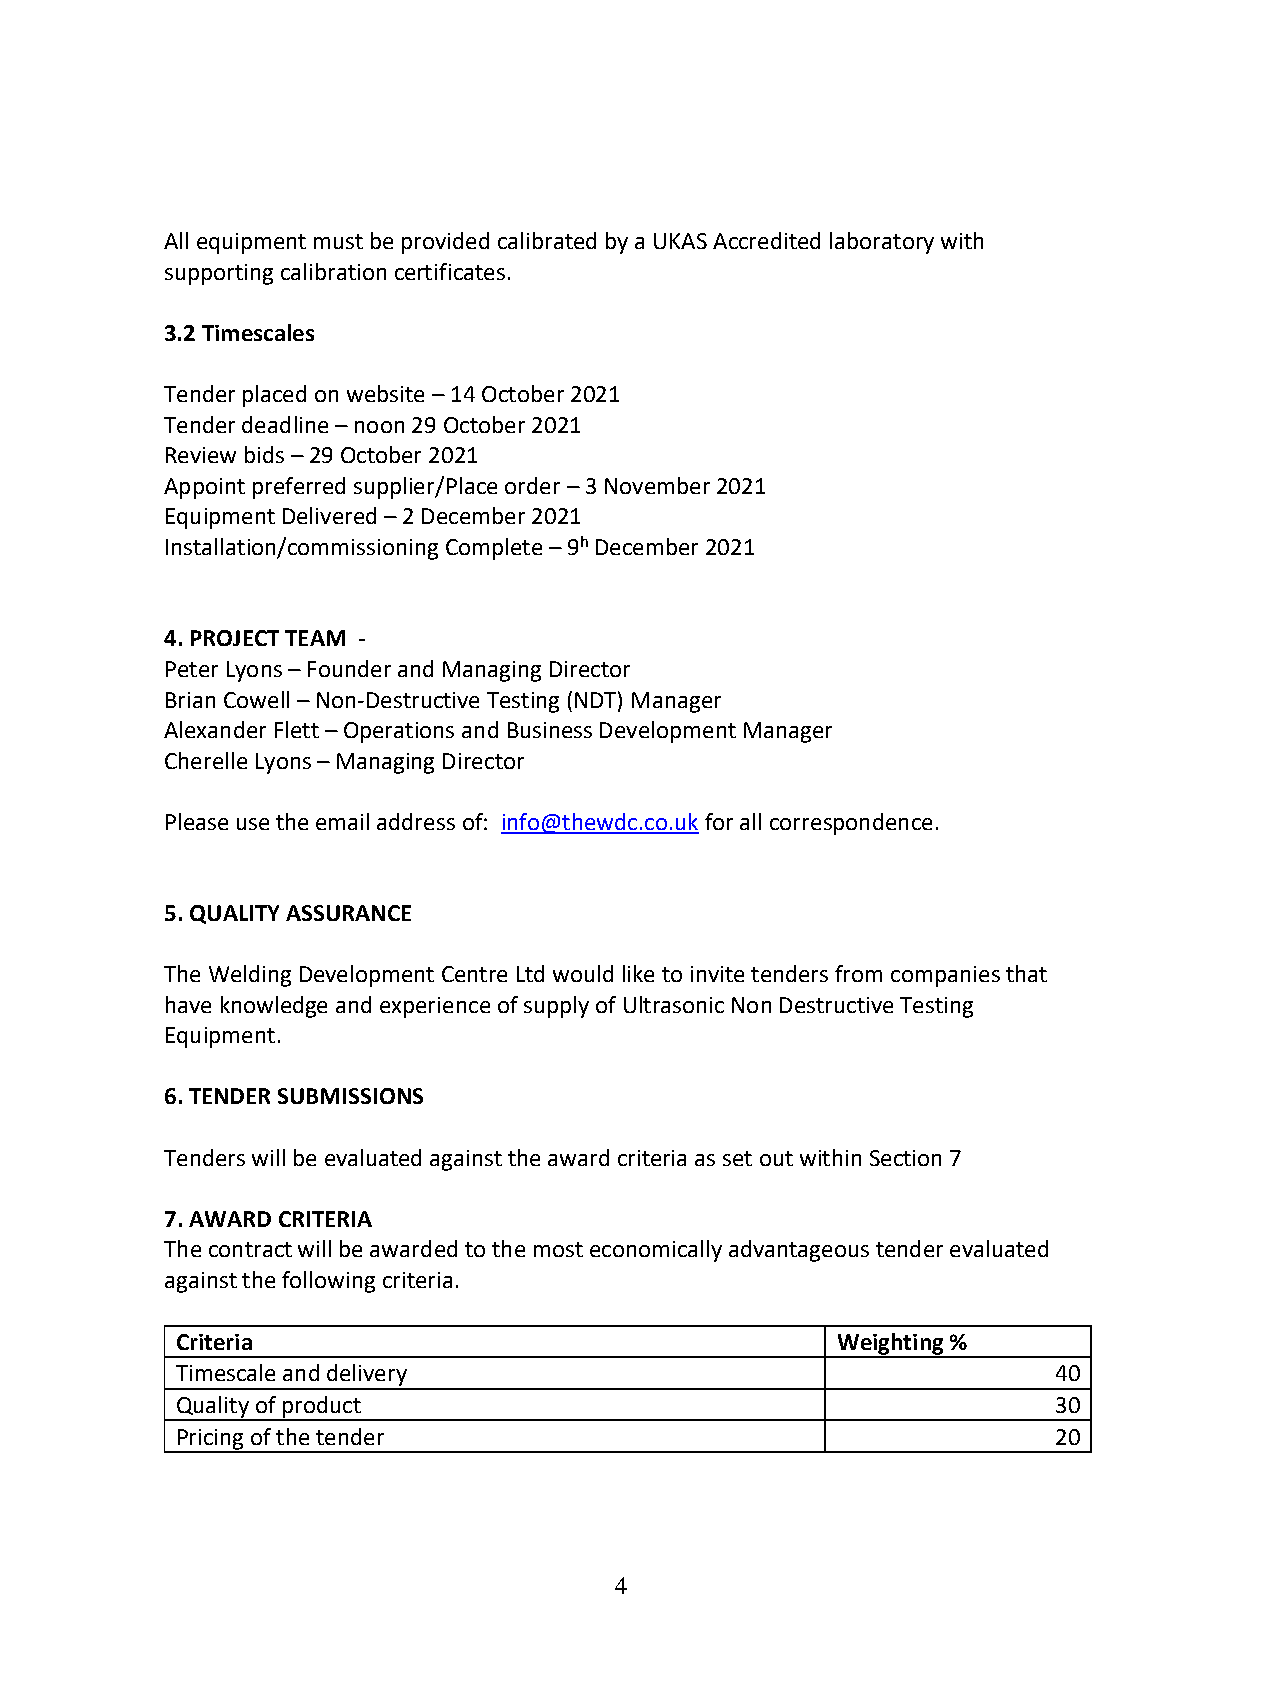
All equipment must be provided calibrated by a UKAS Accredited laboratory with
 supporting calibration certificates.
 3.2 Timescales
 Tender placed on website – 14 October 2021
 Tender deadline – noon 29 October 2021
 Review bids – 29 October 2021
 Appoint preferred supplier/Place order – 3 November 2021
 Equipment Delivered – 2 December 2021
 Installation/commissioning Complete – 9h December 2021
 4. PROJECT TEAM -
 Peter Lyons – Founder and Managing Director
 Brian Cowell – Non-Destructive Testing (NDT) Manager
 Alexander Flett – Operations and Business Development Manager
 Cherelle Lyons – Managing Director
 Please use the email address of: info@thewdc.co.uk for all correspondence.
 5. QUALITY ASSURANCE
 The Welding Development Centre Ltd would like to invite tenders from companies that
 have knowledge and experience of supply of Ultrasonic Non Destructive Testing
 Equipment.
 6. TENDER SUBMISSIONS
 Tenders will be evaluated against the award criteria as set out within Section 7
 7. AWARD CRITERIA
 The contract will be awarded to the most economically advantageous tender evaluated
 against the following criteria.
 Criteria                                   Weighting %
 Timescale and delivery                                    40
 Quality of product                                        30
 Pricing of the tender                                     20
 4